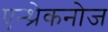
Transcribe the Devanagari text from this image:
एन्थ्रेकनोज